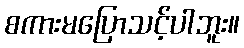
စကားမပြောသင့်ပါဘူး။